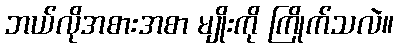
ဘယ်လိုအစားအစာ မျိုးကို ကြိုက်သလဲ။